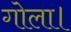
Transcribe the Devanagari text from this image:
गोला।